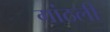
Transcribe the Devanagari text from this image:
गांठली